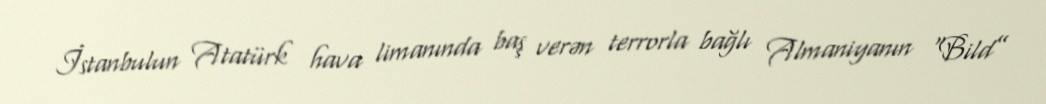
İstanbulun Atatürk hava limanında baş verən terrorla bağlı Almaniyanın “Bild”